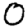
Digit: 0